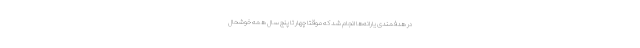
در هدفمندی یارانه‌ها انجام شد که موقتاً چهار تا پنج سال همه خوشحال